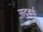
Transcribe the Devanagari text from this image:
सदबर्ग